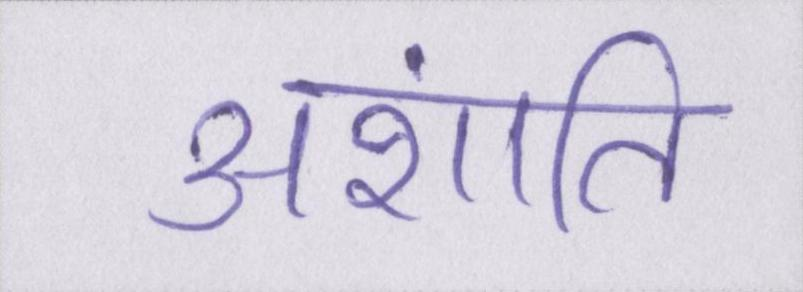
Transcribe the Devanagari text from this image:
अशांति